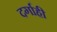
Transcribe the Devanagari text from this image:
दर्गाही